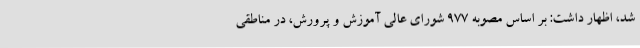
شد، اظهار داشت: بر اساس مصوبه ۹۷۷ شورای عالی آموزش و پرورش، در مناطقی